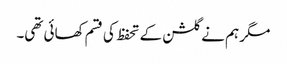
مگر ہم نے گلشن کے تحفظ کی قسم کھائی تھی۔